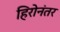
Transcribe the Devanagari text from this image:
हिरोनंतर